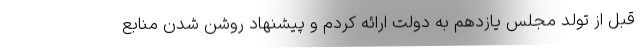
قبل از تولد مجلس یازدهم به دولت ارائه کردم و پیشنهاد روشن شدن منابع